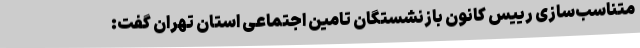
متناسب‌سازی رییس کانون بازنشستگان تامین اجتماعی استان تهران گفت: